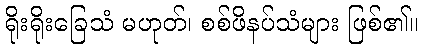
ရိုးရိုးခြေသံ မဟုတ်၊ စစ်ဖိနပ်သံများ ဖြစ်၏။